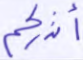
أنذركم